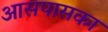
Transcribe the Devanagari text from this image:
आसपासका